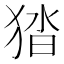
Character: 㹺